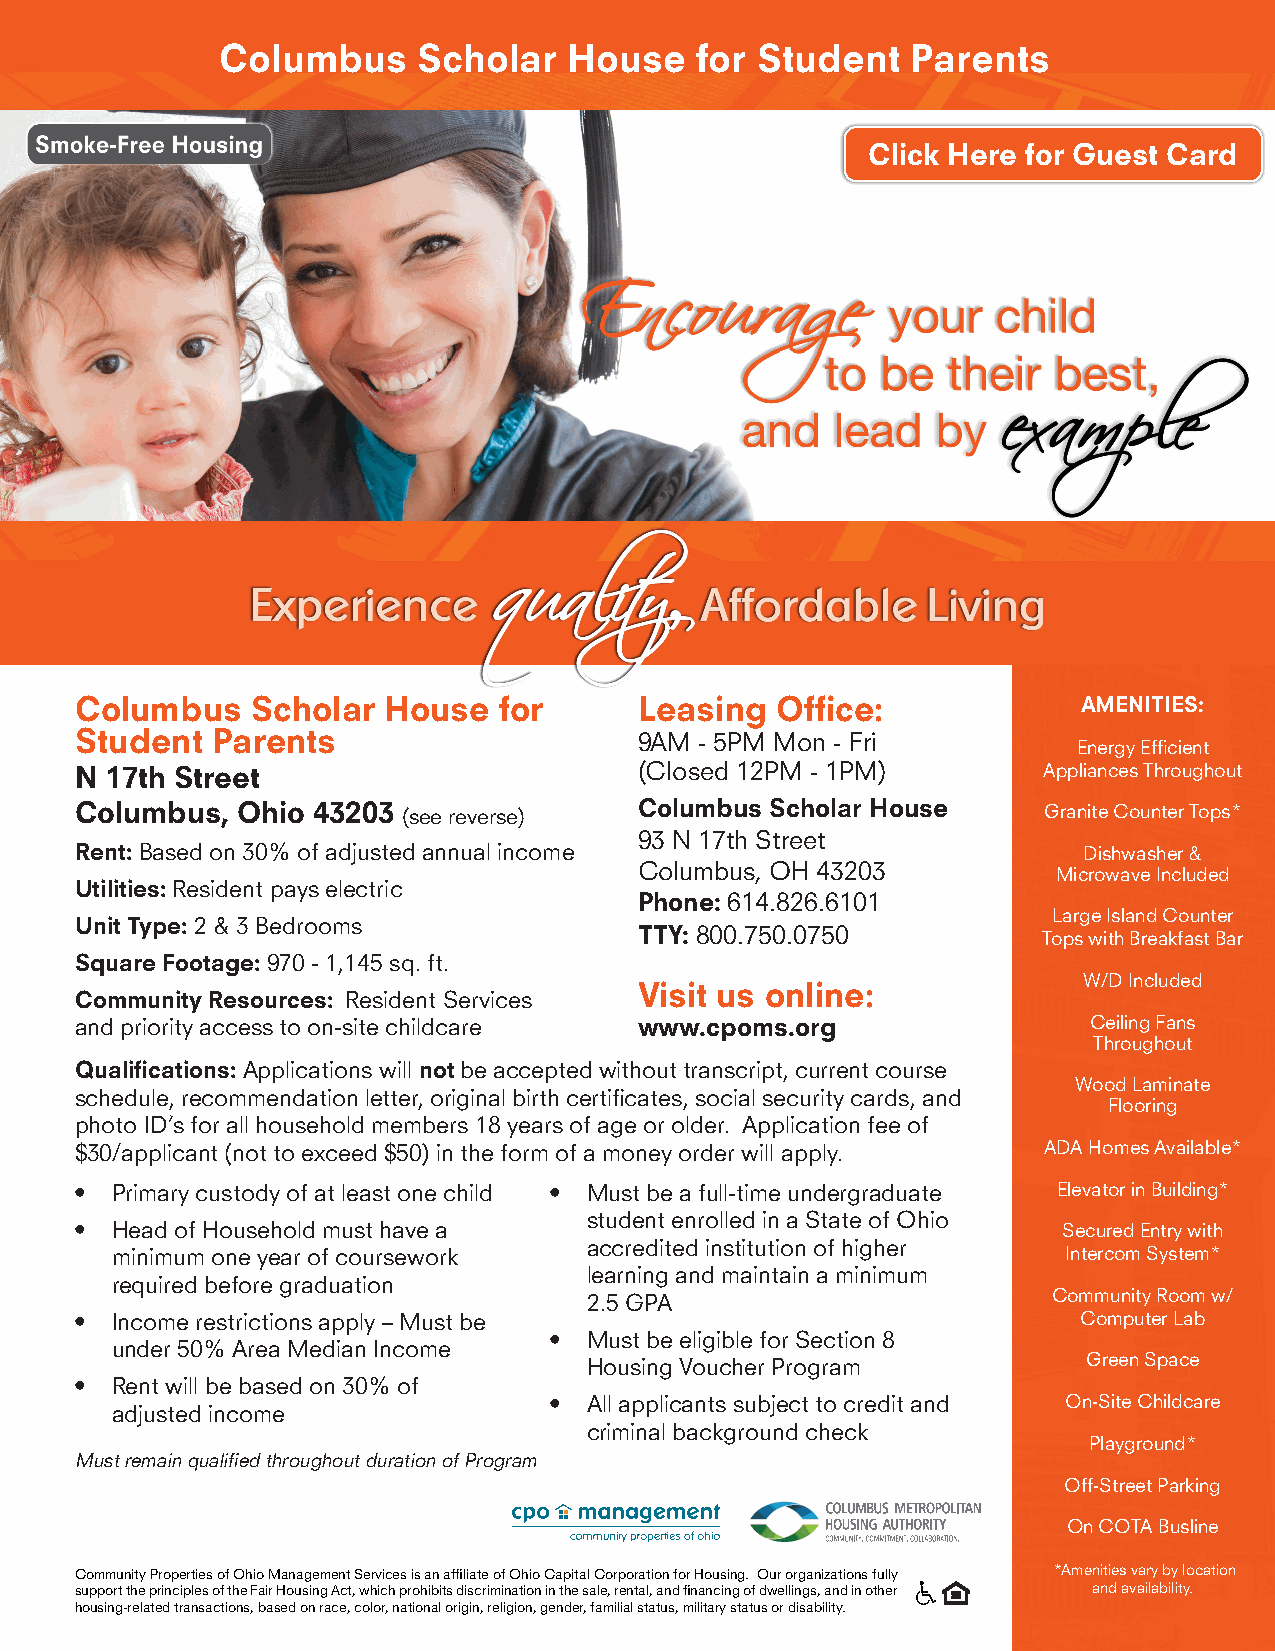
Columbus     Scholar   House   for Student   Parents
 Click Here for Guest Card
 Columbus    Scholar House   for      Leasing  Office:              AMENITIES:
 Student  Parents                     9AM - 5PM Mon - Fri
 Energy Efficient
 N 17th Street                        (Closed 12PM - 1PM)        Appliances Throughout
 Columbus,  Ohio 43203 (see reverse)  Columbus Scholar House     Granite Counter Tops*
 93 N 17th Street
 Rent: Based on 30% of adjusted annual income                       Dishwasher &
 Columbus, OH 43203          Microwave Included
 Utilities: Resident pays electric
 Phone: 614.826.6101
 Large Island Counter
 Unit Type: 2 & 3 Bedrooms
 TTY: 800.750.0750          Tops with Breakfast Bar
 Square Footage: 970 - 1,145 sq. ft.
 W/D Included
 Visit us online:
 Community Resources: Resident Services
 and priority access to on-site childcare www.cpoms.org             Ceiling Fans
 Throughout
 Qualifications: Applications will not be accepted without transcript, current course
 Wood Laminate
 schedule, recommendation letter, original birth certificates, social security cards, and
 Flooring
 photo ID’s for all household members 18 years of age or older. Application fee of
 $30/applicant (not to exceed $50) in the form of a money order will apply. ADA Homes Available*
 • Primary custody of at least one child • Must be a full-time undergraduate Elevator in Building*
 student enrolled in a State of Ohio
 • Head of Household must have a                                  Secured Entry with
 accredited institution of higher
 minimum one year of coursework                                  Intercom System*
 learning and maintain a minimum
 required before graduation
 2.5 GPA                        Community Room w/
 • Income restrictions apply – Must be                              Computer Lab
 •  Must be eligible for Section 8
 under 50% Area Median Income
 Housing Voucher Program          Green Space
 • Rent will be based on 30% of
 •  All applicants subject to credit and On-Site Childcare
 adjusted income
 criminal background check
 Playground*
 Must remain qualified throughout duration of Program
 Off-Street Parking
 On COTA Busline
 Community Properties of Ohio Management Services is an affiliate of Ohio Capital Corporation for Housing. Our organizations fully *Amenities vary by location
 support the principles of the Fair Housing Act, which prohibits discrimination in the sale, rental, and financing of dwellings, and in other and availability.
 housing-related transactions, based on race, color, national origin, religion, gender, familial status, military status or disability.